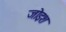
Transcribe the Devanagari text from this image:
जोइश